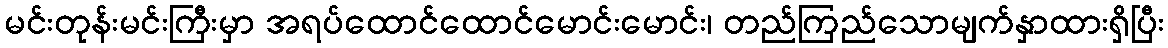
မင်းတုန်းမင်းကြီးမှာ အရပ်ထောင်ထောင်မောင်းမောင်း၊ တည်ကြည်သောမျက်နှာထားရှိပြီး